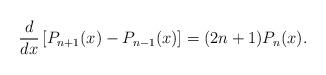
LaTeX: \begin{align*}\dfrac{d}{dx}\left[ P_{n+1}(x)-P_{n-1}(x)\right]=(2n+1)P_{n}(x).\end{align*}